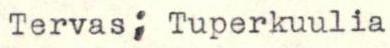
Tervas; Tuperkuulia